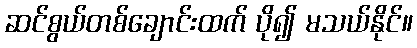
ဆင်စွယ်တစ်ချောင်းထက် ပို၍ မသယ်နိုင်။